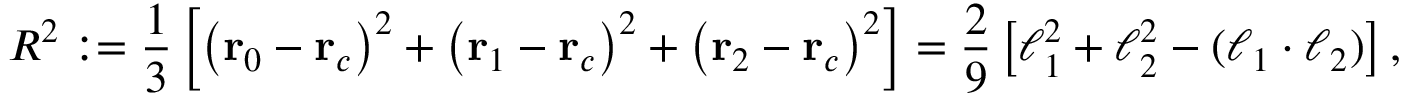
R ^ { 2 } : = \frac { 1 } { 3 } \left[ \left( \mathbf { r } _ { 0 } - \mathbf { r } _ { c } \right) ^ { 2 } + \left( \mathbf { r } _ { 1 } - \mathbf { r } _ { c } \right) ^ { 2 } + \left( \mathbf { r } _ { 2 } - \mathbf { r } _ { c } \right) ^ { 2 } \right] = \frac { 2 } { 9 } \left[ \boldsymbol { \ell } _ { 1 } ^ { 2 } + \boldsymbol { \ell } _ { 2 } ^ { 2 } - ( \boldsymbol { \ell } _ { 1 } \cdot \boldsymbol { \ell } _ { 2 } ) \right] ,